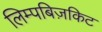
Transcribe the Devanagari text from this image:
लिम्पबिज़किट